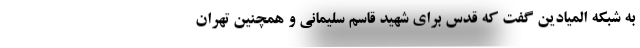
به شبکه المیادین گفت که قدس برای شهید قاسم سلیمانی و همچنین تهران